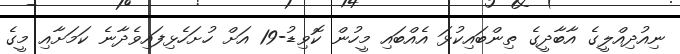
ނިއުދިއްލީގެ އާބާދީގެ ތިންބައިކުޅަ އެއްބައި މީހުން ކޮވިޑު-19 އަށް ހުށަހެޅިފައިވެދާނެ ކަމަށާއި މީގެ